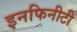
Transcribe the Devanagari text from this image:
इनफिनीटी